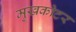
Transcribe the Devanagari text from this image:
मुखकोटर